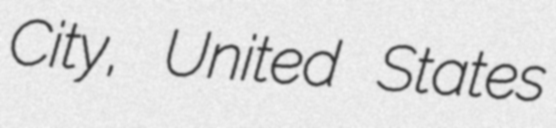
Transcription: City, United States